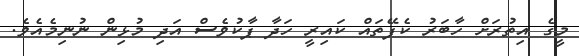
މީގެ އިތުރަށް ހާބަރު ކެފޭތައް ކައިރީ ހަދާ ޕާކުވެސް އަދި މުޅިން ނުނިމެއެވެ.